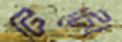
টিটো